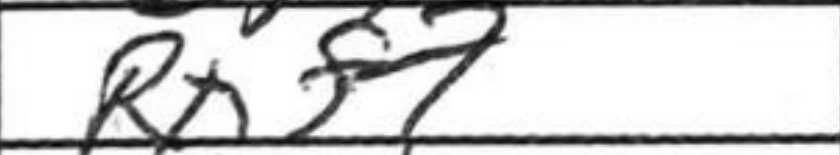
Transcription: Rxf7